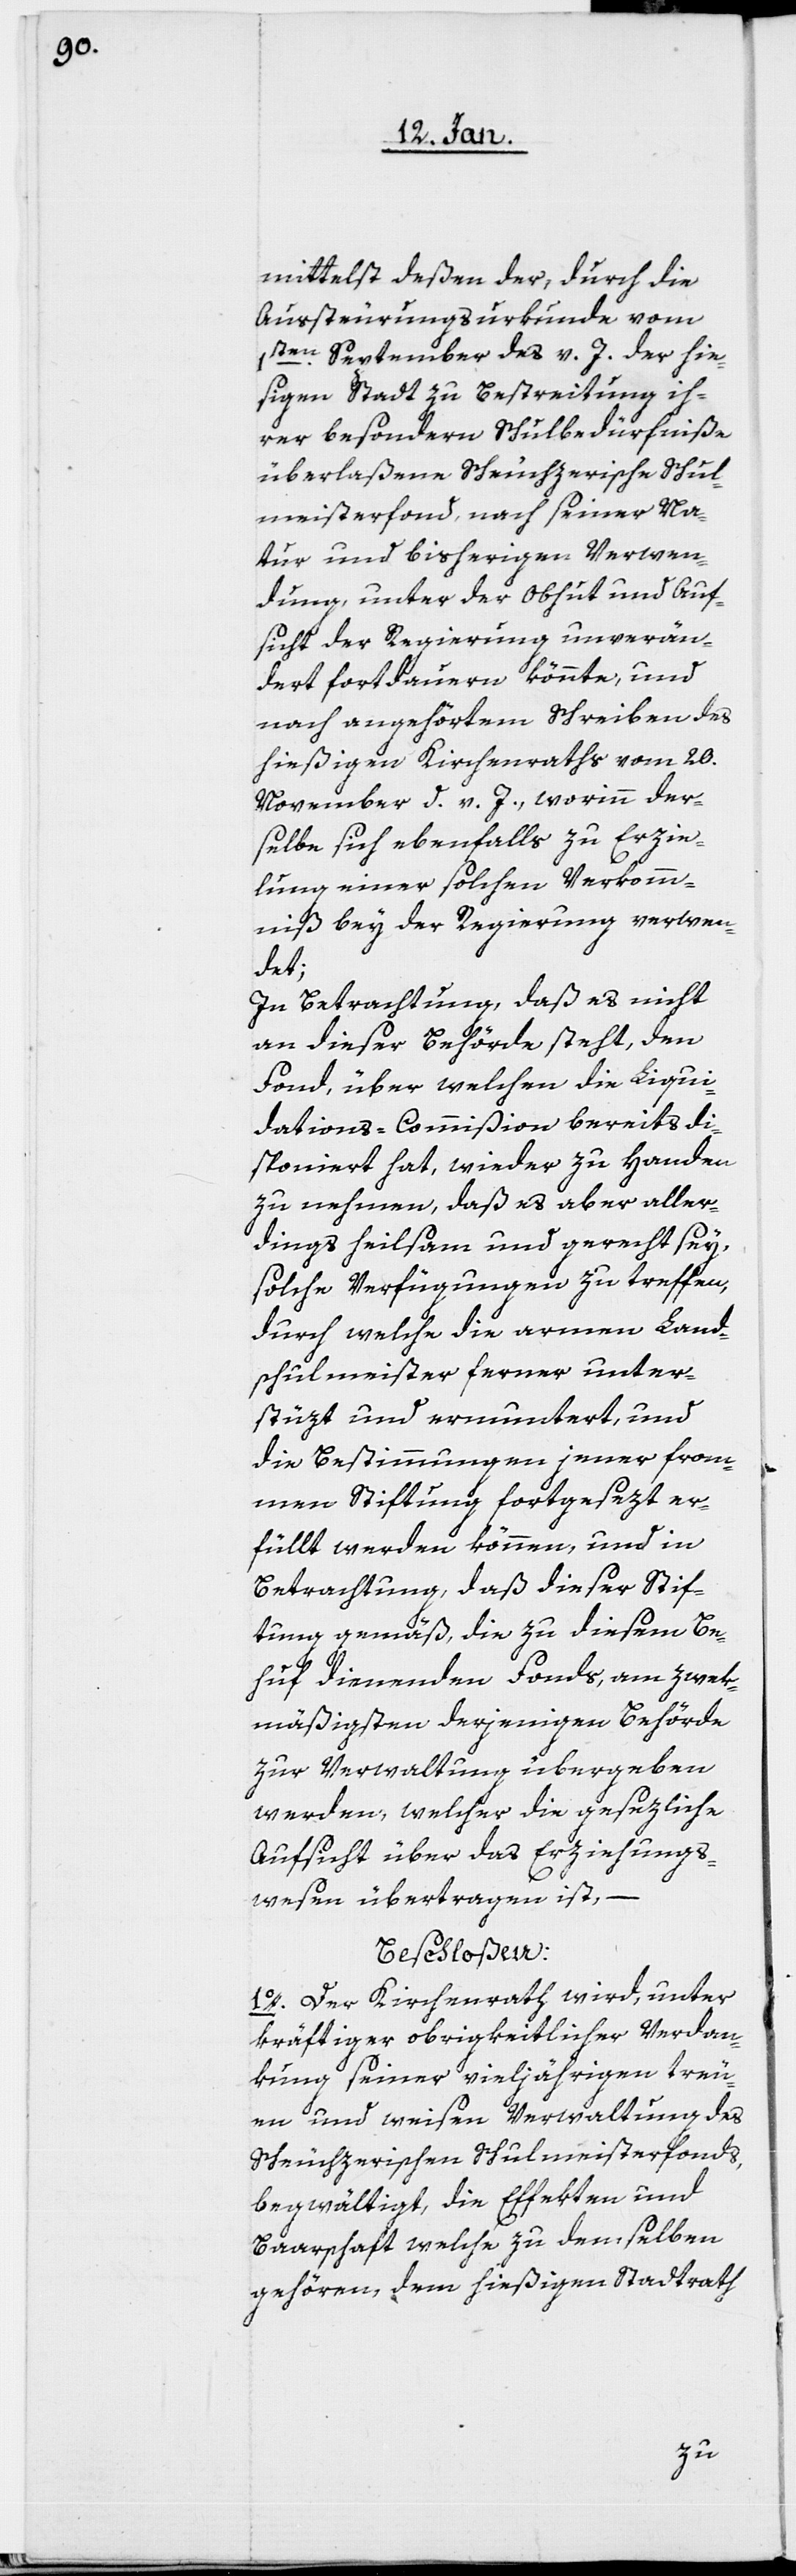
mittelst deßen der, durch die
Aussteurungsurkunde vom
1sten. September des v. J. der hie¬
ßigen Stadt zu Bestreitung ih¬
rer besondern Schulbedürfniße
überlaßene Scheuchzerische Schul¬
meisterfonds, nach seiner Na¬
tur und bisherigen Verwen¬
dung, unter der Obhut und Auf¬
sicht der Regierung unverän¬
dert fortdauern könnte, und
nach angehörtem Schreiben des
hießigen Kirchenraths vom 20.
November d. v. J., worinn der¬
selbe sich ebenfalls zu Erzie¬
lung einer solchen Verkomm¬
niß bey der Regierung verwen¬
det;
In Betrachtung, daß es nicht
an dieser Behörde steht, den
Fonds, über welchen die Liqui¬
dations-Commißion bereits di¬
sponiert hat, wieder zu Handen
zu nehmen, daß es aber aller¬
dings heilsam und gerecht sey,
solche Verfügungen zu treffen,
durch welche die armen Land¬
schulmeister ferner unter¬
stüzt und ermuntert, und
frommen Stiftung fortgesezt er¬
füllt werden können, und in
Betrachtung, daß dieser Stif¬
tung gemäß, die zu diesem Be¬
huf dienenden Fonds, am zwek¬
mäßigsten derjenigen Behörde
zur Verwaltung übergeben
werden, welcher die gesezliche
Aufsicht über das Erziehungs¬
wesen übertragen ist, –
beschloßen:
1o. Der Kirchenrath wird, unter
kräftiger obrigkeitlicher Verdan¬
kung seiner vieljährigen treu¬
en und weisen Verwaltung des
Scheuchzerischen Schulmeisterfonds
begwältigt, die Effekten und
Baarschaft welche zu demselben
gehören, dem hießigen Stadtrath